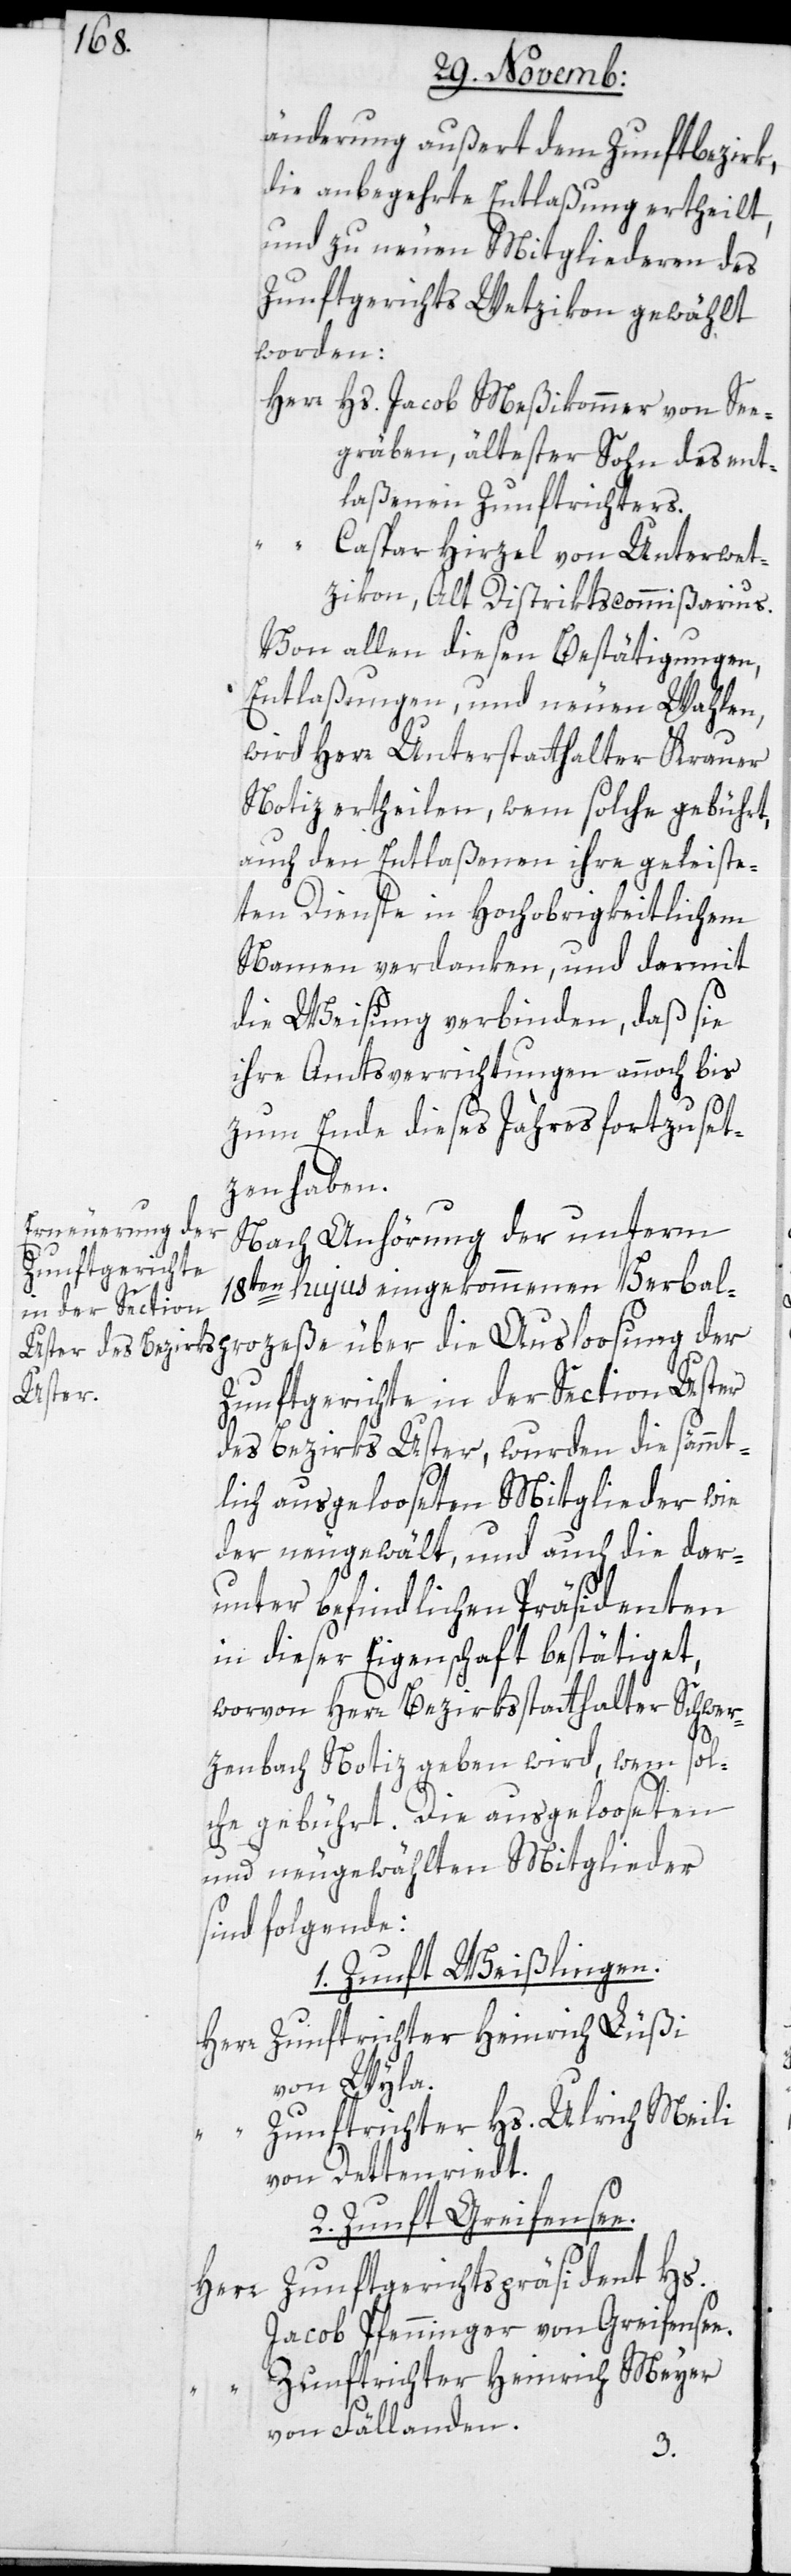
änderung außert dem Zunftbezirk,
die anbegehrte Entlaßung ertheilt,
und zu neuen Mitgliederen des
Zunftgerichts Wetzikon gewählt
worden:
Herr Hs. Jacob Meßikommer von See¬
gräben, ältester Sohn des ent¬
laßenen Zunftrichters.
prozeße
Caspar Hirzel von Unterwet¬
zikon, Alt Distriktscommißarius.
Von allen diesen Bestätigungen,
Entlaßungen, und neuen Wahlen,
wird Herr Unterstatthalter Krauer
Notiz ertheilen, wem solche gebührt,
auch den Entlaßenen ihre geleiste¬
te Dienste in Hochobrigkeitlichem
Namen verdanken, und darmit
die Weisung verbinden, daß sie
ihre Amtsverrichtungen annoch bis
zum Ende dieses Jahres fortzuset¬
zen haben.
Nach Anhörung der unterm
18ten hujus eingekommenen Verbal¬
Zunftgerichte in der Section Uster
des Bezirks Uster, wurden die sämmt¬
lich ausgelooseten Mitglieder wie¬
der neu gewählt, und auch die dar¬
unter befindlichen Präsidenten
in dieser Eigenschaft beßtätiget,
worvon Herr Bezirksstatthalter Schwer¬
zenbach Notiz geben wird, wem sol¬
che gebührt. Die ausgelooseten
und neugewählten Mitglieder
sind folgende:
1. Zunft Weißlingen.
Zunftrichter Heinrich Lüßi
Herr
von Wyla.
Zunftrichter Hs. Ulrich Meili
von Dettenried.
2. Zunft Greifensee.
Zunftgerichts-Präsident Hs.
der
Jacob Pfenninger von Greifensee.
Zunftrichter Heinrich Meyer
von Fällanden.